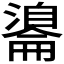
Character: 𦤢